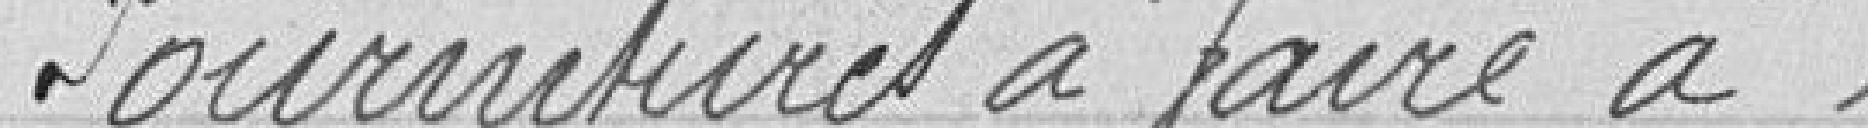
Fournitures à faire à